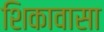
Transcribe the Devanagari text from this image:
शिकावासा